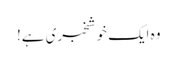
وہ ایک خوشخبری ہے!